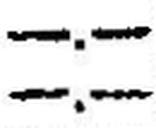
—.—